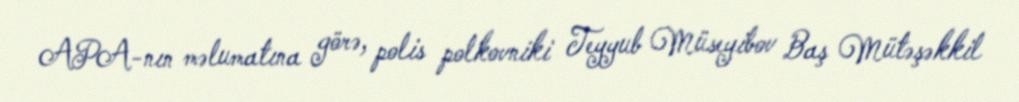
APA-nın məlumatına görə, polis polkovniki Teyyub Müseyibov Baş Mütəşəkkil